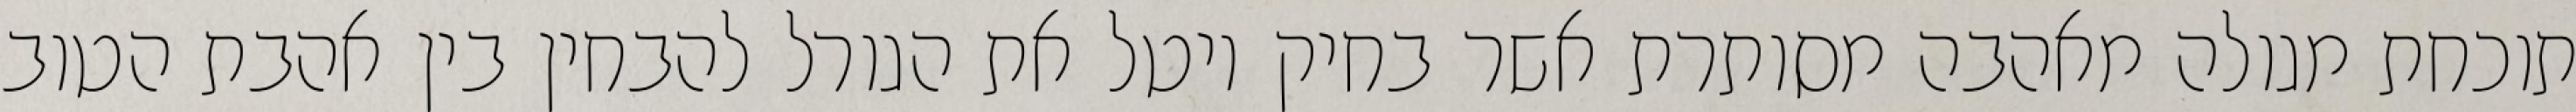
תוכחת מגולה מאהבה מסותרת אשר בחיק יוטל את הגורל להבחין בין אהבת הטוב